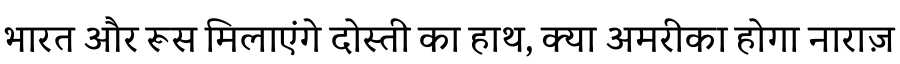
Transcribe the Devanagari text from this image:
भारत और रूस मिलाएंगे दोस्ती का हाथ, क्या अमरीका होगा नाराज़